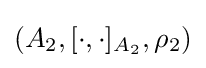
(A_{2},[\cdot ,\cdot ]_{A_{2}},\rho _{2})